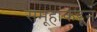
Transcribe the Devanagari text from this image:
समूहांकडून